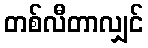
တစ်လီတာလျှင်